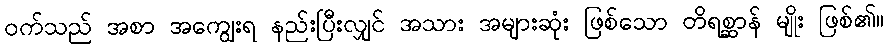
ဝက်သည် အစာ အကျွေးရ နည်းပြီးလျှင် အသား အများဆုံး ဖြစ်သော တိရစ္ဆာန် မျိုး ဖြစ်၏။